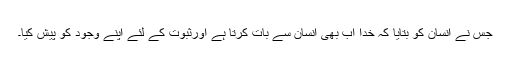
جس نے انسان کو بتایا کہ خدا اب بھی انسان سے بات کرتا ہے اورثبوت کے لئے اپنے وجود کو پیش کیا۔